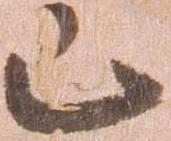
已